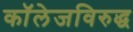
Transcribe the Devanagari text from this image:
कॉलेजविरुद्ध